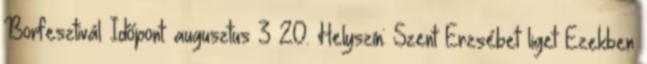
Borfesztivál Időpont: augusztus 3–20. Helyszín: Szent Erzsébet liget Ezekben